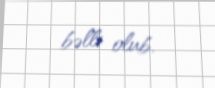
bəlli olub.